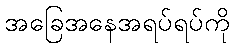
အခြေအနေအရပ်ရပ်ကို